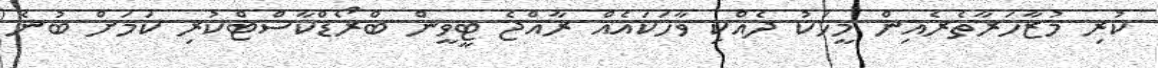
ކުރި މުޒާހަރާތެރެއިން މީހަކު ދެއްކި ވާހަކައެއް ރާއްޖެ ޓީވީން ބްރޯޑްކާސްޓްކުރި ކަމަށް ބުނެ